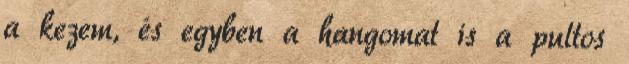
a kezem, és egyben a hangomat is a pultos